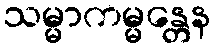
သမ္မာကမ္မန္တေန